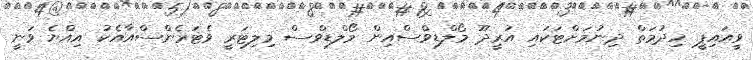
ވީއައިޕީ ހިދުމަތް ދިނުމަށްޓަކައި އުރީދޫ މޯލްޑިވްސްއިން މޯލްޑިވްސް މިލިޓަރީ ވެޓަރެންސްއާއެކު އިއްޔެ ވަނީ